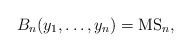
\begin{gather*}B_n(y_1, \ldots, y_n)= {\rm MS}_n,\end{gather*}